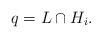
LaTeX: \begin{align*}q=L\cap H_i.\end{align*}